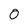
Character: 0